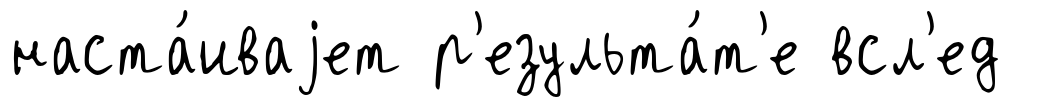
наста́иваjет р'езульта́т'е всл'ед